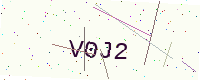
Text: V0J2